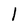
Character: 1